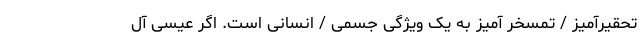
تحقیرآمیز / تمسخر آمیز به یک ویژگی جسمی / انسانی است. اگر عیسی آل